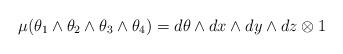
LaTeX: \begin{align*}\mu (\theta_1 \wedge \theta_2\wedge \theta_3\wedge \theta_4)=d \theta \wedge dx \wedge dy \wedge dz \otimes 1 \end{align*}